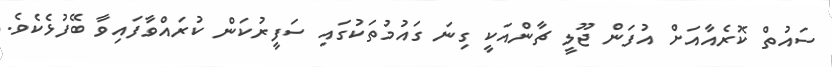
ސައުތް ކޮރެއާއަށް އުފަން ޖޫލީ ޗާންއަކީ ގިނަ ގައުމުތަކުގައި ސަފީރުކަން ކުރައްވާފައިވާ ބޭފުޅެކެވެ.